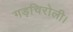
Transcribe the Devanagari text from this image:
गड़चिरोली।